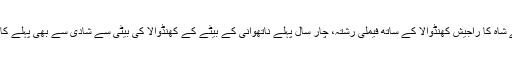
جئے شاہ کا راجیش کھنڈوالا کے ساتھ فیملی رشتہ، چار سال پہلے ناتھوانی کے بیٹے کے کھنڈوالا کی بیٹی سے شادی سے بھی پہلے کا ہے۔